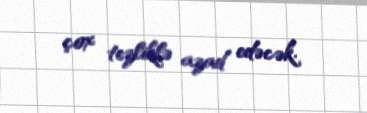
çox tezliklə azad edəcək.